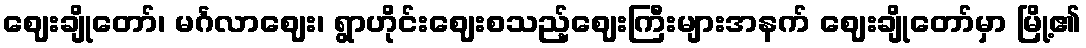
ဈေးချိုတော်၊ မင်္ဂလာဈေး၊ ရွာဟိုင်းဈေးစသည့်ဈေးကြီးများအနက် ဈေးချိုတော်မှာ မြို့၏